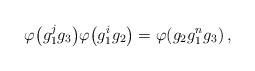
LaTeX: \begin{align*} \varphi \big( g^{j}_1 g_3 \big) \varphi \big( g^{i}_1 g_2 \big) = \varphi (g_2 g^{n}_1 g_3) \,,\end{align*}